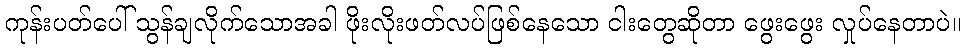
ကုန်းပတ်ပေါ် သွန်ချလိုက်သောအခါ ဖိုးလိုးဖတ်လပ်ဖြစ်နေသော ငါးတွေဆိုတာ ဖွေးဖွေး လှုပ်နေတာပဲ။